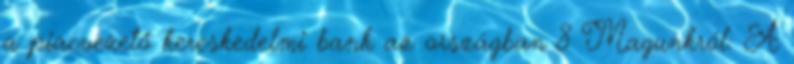
a piacvezető kereskedelmi bank az országban 8 Magunkról: A